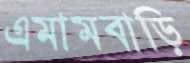
এমামবাড়ি